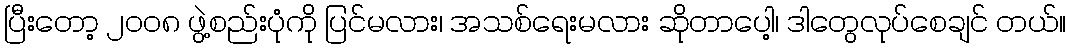
ပြီးတော့ ၂၀၀၈ ဖွဲ့စည်းပုံကို ပြင်မလား၊ အသစ်ရေးမလား ဆိုတာပေါ့၊ ဒါတွေလုပ်စေချင် တယ်။